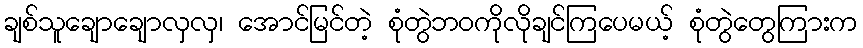
ချစ်သူချောချောလှလှ၊ အောင်မြင်တဲ့ စုံတွဲဘဝကိုလိုချင်ကြပေမယ့် စုံတွဲတွေကြားက